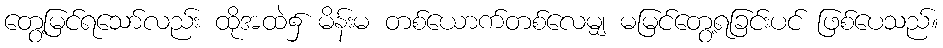
တွေ့မြင်ရသော်လည်း ထိုအထဲ၌ မိန်းမ တစ်ယောက်တစ်လေမျှ မမြင်တွေ့ရခြင်းပင် ဖြစ်ပေသည်။